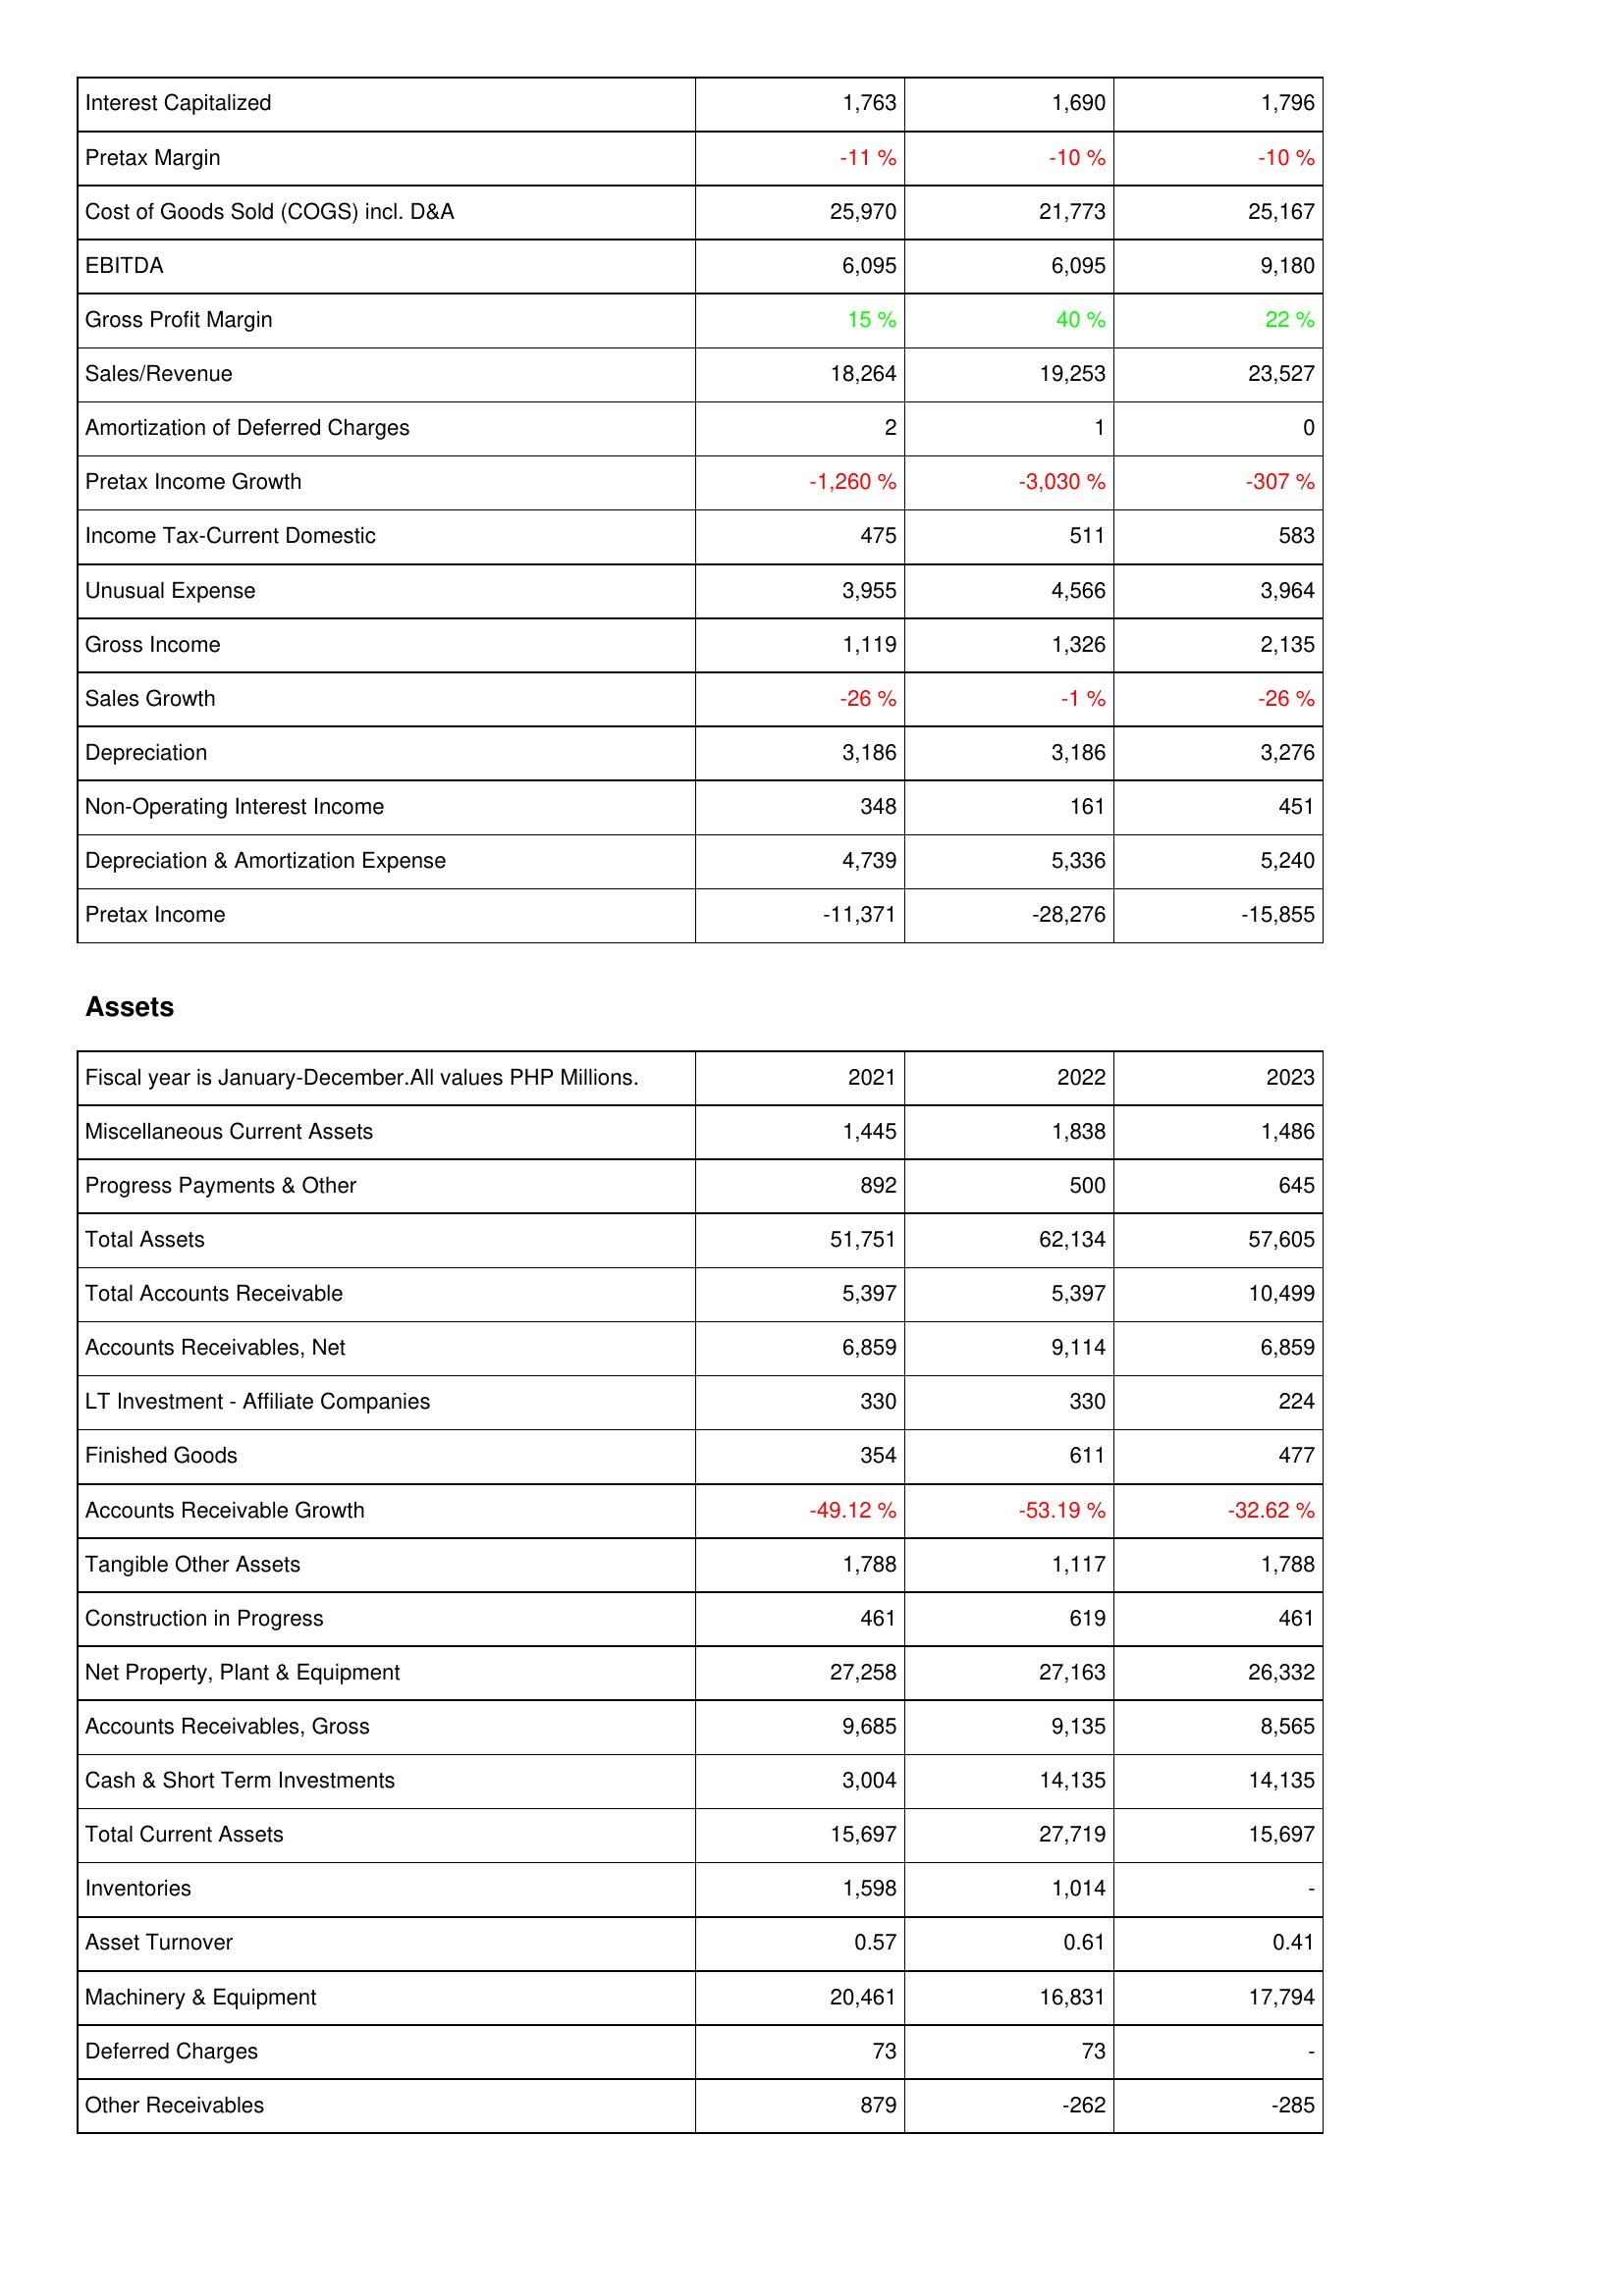
2021: Income Statement: Interest Capitalized: 1,763
Pretax Margin: -11 %
Cost of Goods Sold (COGS) incl. D&A: 25,970
EBITDA: 6,095
Gross Profit Margin: 15 %
Sales/Revenue: 18,264
Amortization of Deferred Charges: 2
Pretax Income Growth: -1,260 %
Income Tax-Current Domestic: 475
Unusual Expense: 3,955
Gross Income: 1,119
Sales Growth: -26 %
Depreciation: 3,186
Non-Operating Interest Income: 348
Depreciation & Amortization Expense: 4,739
Pretax Income: -11,371
Assets: Miscellaneous Current Assets: 1,445
Progress Payments & Other: 892
Total Assets: 51,751
Total Accounts Receivable: 5,397
Accounts Receivables, Net: 6,859
LT Investment - Affiliate Companies: 330
Finished Goods: 354
Accounts Receivable Growth: -49.12 %
Tangible Other Assets: 1,788
Construction in Progress: 461
Net Property, Plant & Equipment: 27,258
Accounts Receivables, Gross: 9,685
Cash & Short Term Investments: 3,004
Total Current Assets: 15,697
Inventories: 1,598
Asset Turnover: 0.57
Machinery & Equipment: 20,461
Deferred Charges: 73
Other Receivables: 879
2022: Income Statement: Interest Capitalized: 1,690
Pretax Margin: -10 %
Cost of Goods Sold (COGS) incl. D&A: 21,773
EBITDA: 6,095
Gross Profit Margin: 40 %
Sales/Revenue: 19,253
Amortization of Deferred Charges: 1
Pretax Income Growth: -3,030 %
Income Tax-Current Domestic: 511
Unusual Expense: 4,566
Gross Income: 1,326
Sales Growth: -1 %
Depreciation: 3,186
Non-Operating Interest Income: 161
Depreciation & Amortization Expense: 5,336
Pretax Income: -28,276
Assets: Miscellaneous Current Assets: 1,838
Progress Payments & Other: 500
Total Assets: 62,134
Total Accounts Receivable: 5,397
Accounts Receivables, Net: 9,114
LT Investment - Affiliate Companies: 330
Finished Goods: 611
Accounts Receivable Growth: -53.19 %
Tangible Other Assets: 1,117
Construction in Progress: 619
Net Property, Plant & Equipment: 27,163
Accounts Receivables, Gross: 9,135
Cash & Short Term Investments: 14,135
Total Current Assets: 27,719
Inventories: 1,014
Asset Turnover: 0.61
Machinery & Equipment: 16,831
Deferred Charges: 73
Other Receivables: -262
2023: Income Statement: Interest Capitalized: 1,796
Pretax Margin: -10 %
Cost of Goods Sold (COGS) incl. D&A: 25,167
EBITDA: 9,180
Gross Profit Margin: 22 %
Sales/Revenue: 23,527
Amortization of Deferred Charges: 0
Pretax Income Growth: -307 %
Income Tax-Current Domestic: 583
Unusual Expense: 3,964
Gross Income: 2,135
Sales Growth: -26 %
Depreciation: 3,276
Non-Operating Interest Income: 451
Depreciation & Amortization Expense: 5,240
Pretax Income: -15,855
Assets: Miscellaneous Current Assets: 1,486
Progress Payments & Other: 645
Total Assets: 57,605
Total Accounts Receivable: 10,499
Accounts Receivables, Net: 6,859
LT Investment - Affiliate Companies: 224
Finished Goods: 477
Accounts Receivable Growth: -32.62 %
Tangible Other Assets: 1,788
Construction in Progress: 461
Net Property, Plant & Equipment: 26,332
Accounts Receivables, Gross: 8,565
Cash & Short Term Investments: 14,135
Total Current Assets: 15,697
Inventories: -
Asset Turnover: 0.41
Machinery & Equipment: 17,794
Deferred Charges: -
Other Receivables: -285